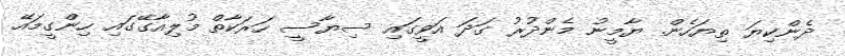
ދެންކިޔަ ތިޔަހެން. ޔާމީނު މެންދުރު ގަދަ އަވީގައި ސިޔާސީ ހަރަކާތް މުލިއާގޭގައި ހިންގީމައޭ